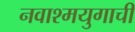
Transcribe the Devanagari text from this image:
नवाश्मयुगाची